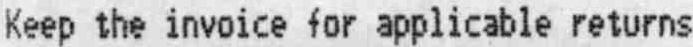
KEEP THE INVOICE FOR APPLICABLE RETURNS